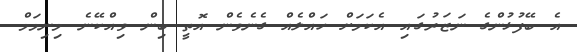
އެ ބޭފުޅުންގެ ނަޒަރުގައި އެކަމަށް ހައްލެއް ގެނެވެން އޮތީ ބިން ވިއްކޭނެ މިނިމަމް